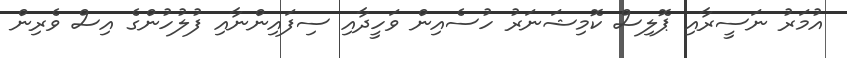
އުމަރު ނަސީރާއި ޕޮލިސް ކޮމިޝަނަރު ހުސެއިން ވަހީދާއި ސިފައިންނާއި ފުލުހުންގެ އިސް ވެރިން